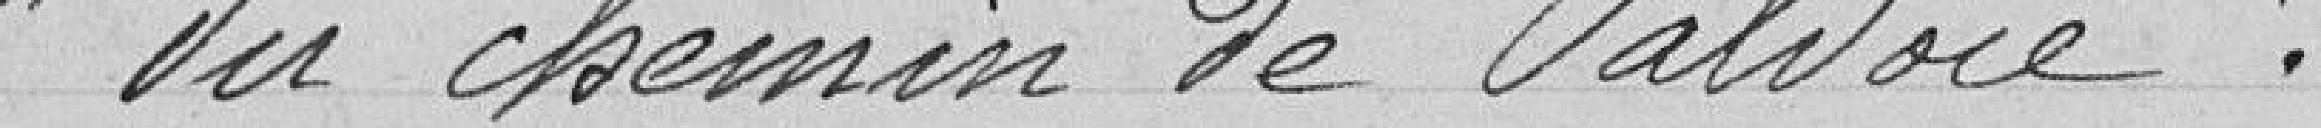
" du chemin De Valiloie ".